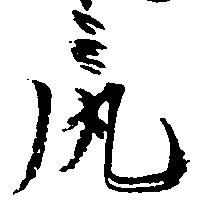
尻